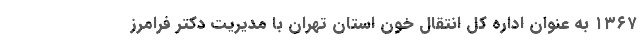
۱۳۶۷ به عنوان اداره کل انتقال خون استان تهران با مدیریت دکتر فرامرز